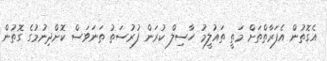
އެގޮތުން އެފަރާތްތަށް މަތީ ތައުލީމު ހާސިލް ކުރަން ފުރުސަތު ތަނަވަސް ކޮށްދިނުމުގެ ގޮތުން